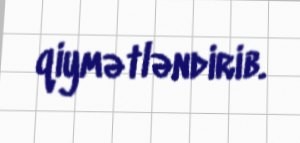
qiymətləndirib.